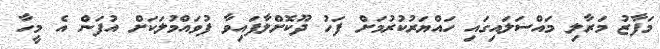
މަފާޒު މަރާލި މައްސަލައިގައި ހައްޔަރުކުރުމަށް ފަހު ދޫކޮށްލާފައިވާ ފުވައްމުލަކަށް އުފަން އެ މީހާ